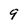
Character: 9